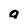
Character: o